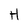
Character: H